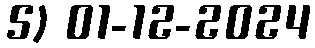
5) 01-12-2024